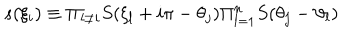
LaTeX: s ( \xi _ { i } ) \equiv \Pi _ { l \neq i } S ( \xi _ { l } + i \pi - \theta _ { j } ) \Pi _ { l = 1 } ^ { n } S ( \theta _ { j } - \vartheta _ { l } )